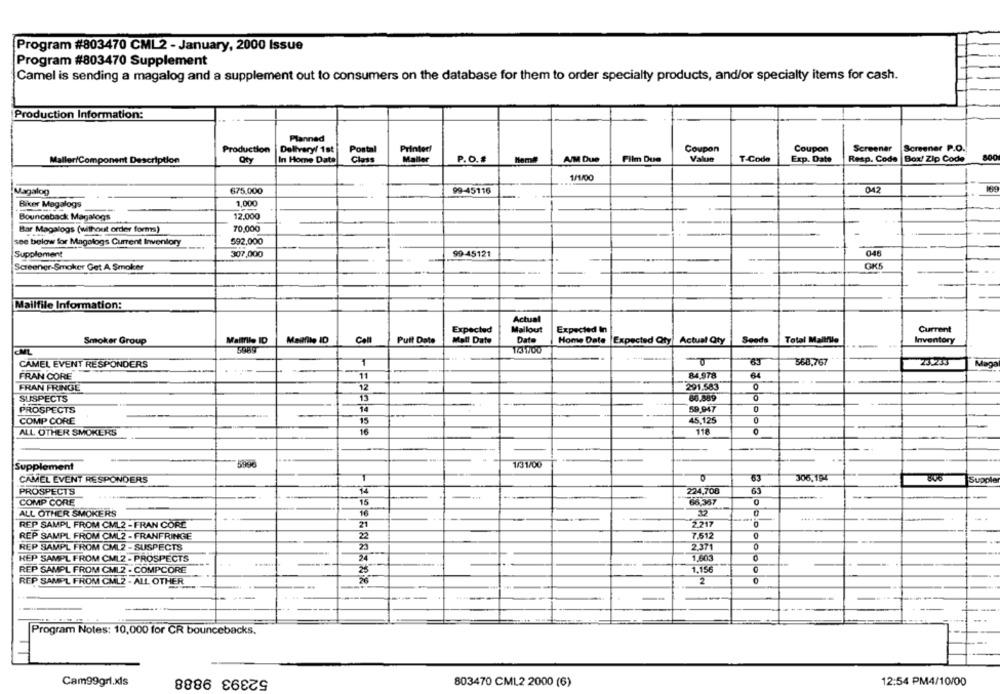
Program #803470 CML2 - January, 2000 Issue
Program #803470 Supplement
Camel is sending a magalog and a supplement out to consumers on the database for them to order specialty products, and/or specialty items for cash.
Production Information:
-
Planned
Production
Delivery/ 1st
Postal
Printer!
Coupon
Coupon
Screener
Screener P.O.
Maller/Component Description
Oty
In Home Date
Class
Maller
P.O. #
AIM Due
Film Due
Value
T-Code
Exp. Date
Resp. Code |Box' Zip Code
1/1/00
Magalog
675,000
99-45116
042
Biker Magalogs
1,000
Bounceback Magalogs
12.000
Bar Magalogs (without order forms)
70,000
see below for Magalogs Current Inventory
592,000
--
Supplement
307,000
99-45121
046
Screener-Smoker Get A Smoker
OKS
Mailfile Information:
Actual
Expected
Mallout
Expected In
Current
Smoker Group
Maltfile ID
Mailfile ID
Coll
Puff Date
Mall Date
Date
Home Date |Expected Qty Actual Qty
Seods
Total Mallfula
Inventory
CAMEL EVENT RESPONDERS
560,767
23.255
11
84,978
64
FRAN CORE
FRAN FRINGE
291.583
O
SUSPECTS
13
86.889
PROSPECTS
12
59,947
COMP CORE
15
45,125
ALL OTHER SMOKERS
16
118
O
1/31/00
Supplement
CAMEL EVENT RESPONDERS
T
53
306,194
Supple
PROSPECTS
14
224,708
COMP CORE
15
66,367
ALL OTHER SMOKERS
16
-
REP SAMPL FROM CML2 - FRAN CORE
21
2217
7.512
REP SAMPL FROM CML2 - FRANFRINGE
22
REP SAMPL FROM CML2 -SUSPECTS
2.371
HEP SAMPL FROM CML2 - PROSPECTS
24
1,603
1.156
REP SAMPL FROM CML2 - COMPCORE
REP SAMPL FROM CMLZ - ALL OTHER
2
--
Program Notes: 10,000 for CR bouncebacks.
52393 9888
Cam99grl.xls
803470 CML2 2000 (6)
12:54 PM4/10/00